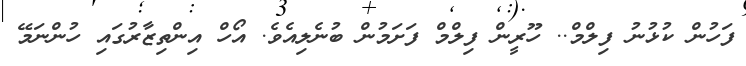
ފަހުން ކުޅުނު ފިލްމް.. ހޫރީން ފިލްމް ފަށަމުން ބުނެލިއެވެ. އޯހް އިންތިޒާރުގައި ހުންނަމޭ